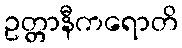
ဥတ္တာနီကရောတိ